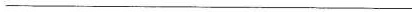
___